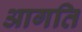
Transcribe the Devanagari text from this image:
आगति